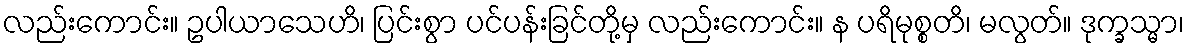
လည်းကောင်း။ ဥပါယာသေဟိ၊ ပြင်းစွာ ပင်ပန်းခြင်တို့မှ လည်းကောင်း။ န ပရိမုစ္စတိ၊ မလွတ်။ ဒုက္ခသ္မာ၊